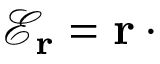
{ \mathcal E } _ { \bf r } = { \bf r } \cdot { \bf \nabla } \;